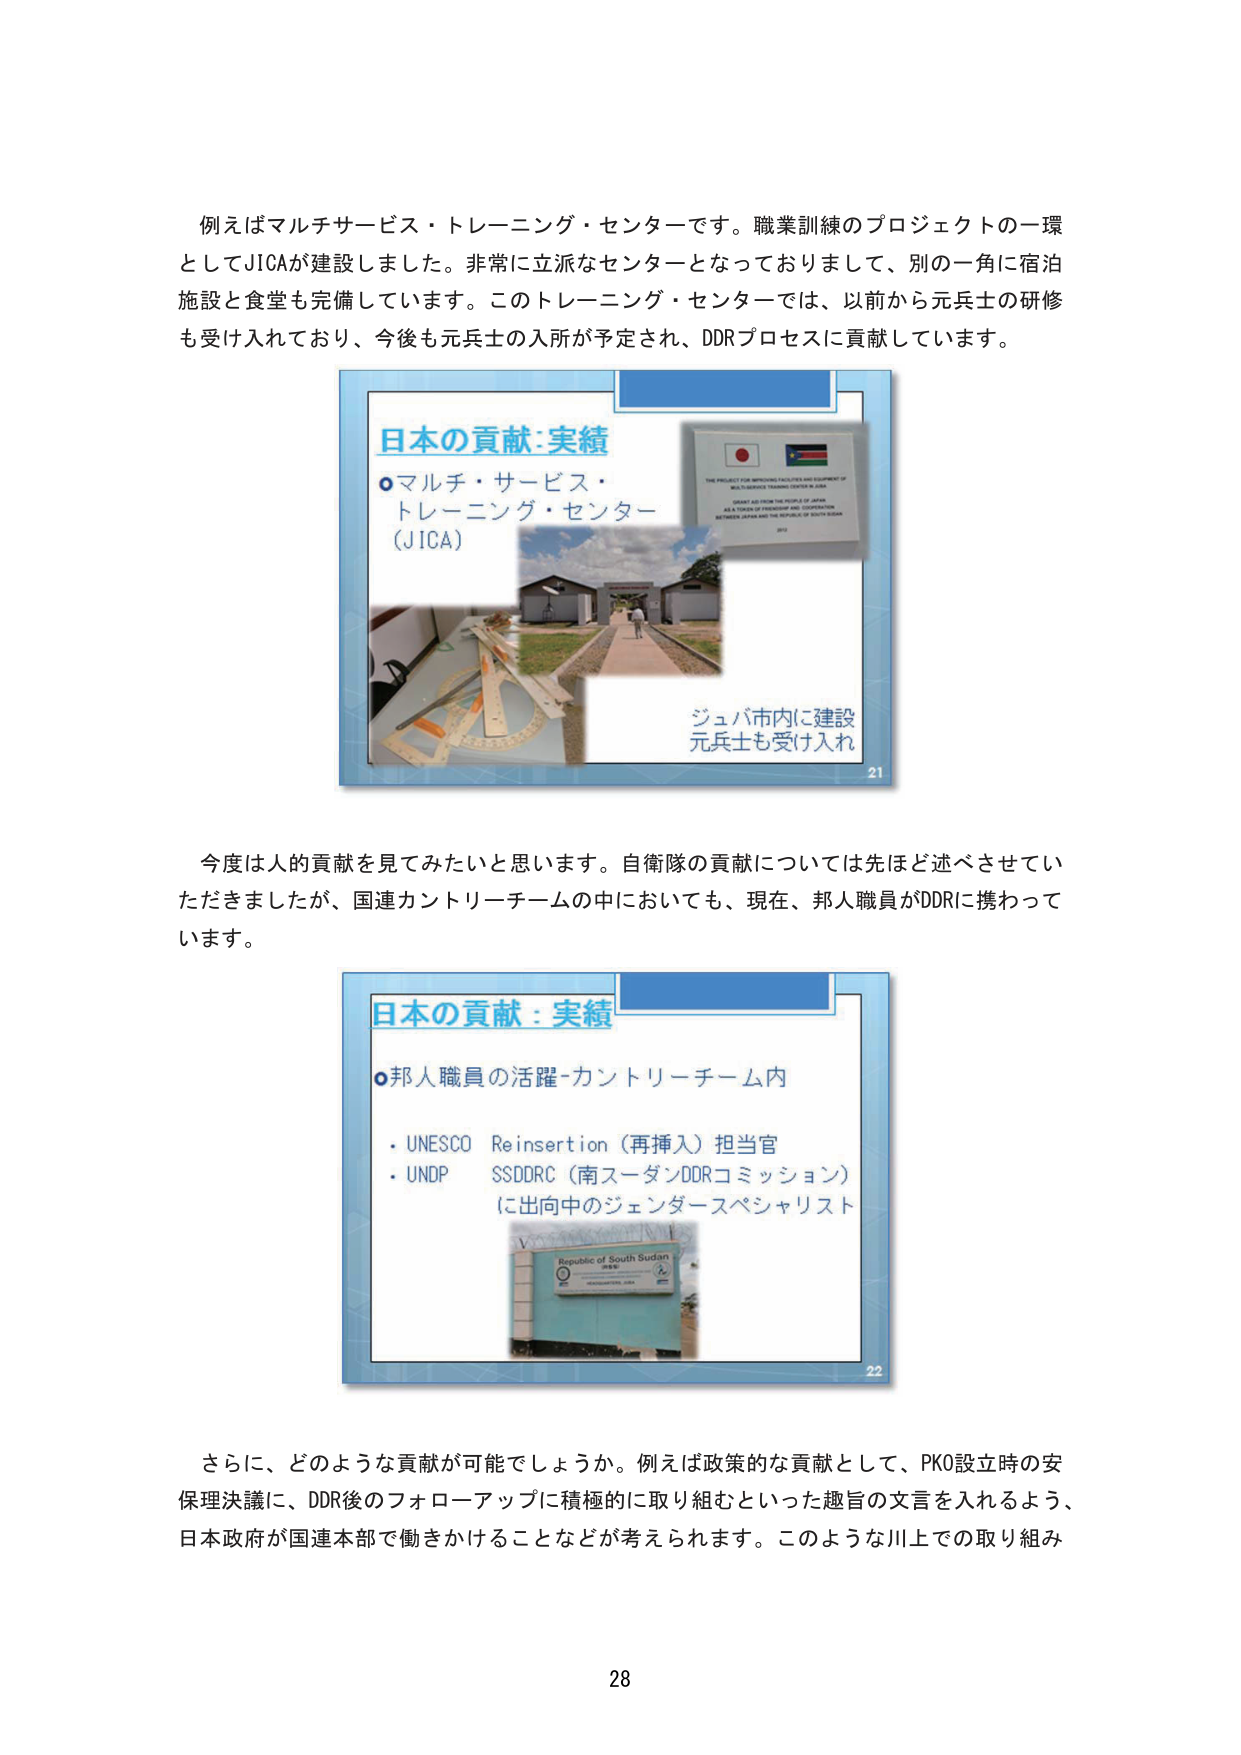
例えばマルチサービス・トレーニング・センターです。職業訓練のプロジェクトの一環としてJICAが建設しました。非常に立派なセンターとなっておりまして、別の一角に宿泊施設と食堂も完備しています。このトレーニング・センターでは、以前から元兵士の研修も受け入れており、今後も元兵士の入所が予定され、DDRプロセスに貢献しています。

日本の貢献：実績
○マルチ・サービス・
トレーニング・センター
（JICA）

THE PROJECT FOR IMPROVING FACILITIES AND EQUIPMENT OF
MULTI-SERVICE TRAINING CENTER IN JUBA
GRANT AID FROM THE PEOPLE OF JAPAN
AS A TOKEN OF FRIENDSHIP AND COOPERATION
BETWEEN JAPAN AND THE REPUBLIC OF SOUTH SUDAN
2013

ジュバ市内に建設
元兵士も受け入れ
21

今度は人的貢献を見てみたいと思います。自衛隊の貢献については先ほど述べさせていただきましたが、国連カントリーチームの中においても、現在、邦人職員がDDRに携わっています。

日本の貢献：実績
○邦人職員の活躍-カントリーチーム内
・UNESCO Reinsertion（再挿入）担当官
・UNDP SSDRC（南スーダンDDRコミッション）
に出向中のジェンダースペシャリスト

Republic of South Sudan
22

さらに、どのような貢献が可能でしょうか。例えば政策的な貢献として、PKO設立時の安保理決議に、DDR後のフォローアップに積極的に取り組むといった趣旨の文言を入れるよう、日本政府が国連本部で働きかけることなどが考えられます。このような川上での取り組み

28